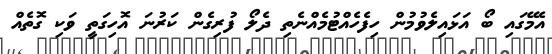
އެމޭގައި ބޯ އަޅައިލެވުމުން ހިފެހެއްޓުމެއްނެތި ދެލޯ ފުރިގެން ކަރުނަ އޮހިގަތީ ވަކި ގޮތެއް